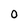
Character: 0